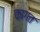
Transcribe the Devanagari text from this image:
कागत